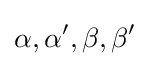
\alpha ,\alpha ',\beta ,\beta '